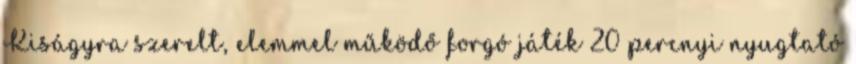
Kiságyra szerelt, elemmel működő forgó játék 20 percnyi nyugtató